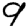
Digit: 9